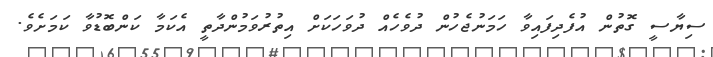
ސިޔާސީ ގޮތުން އުފެދިފައިވާ ހަމަނުޖެހުން ދުވެހެއް ދުވަހަކަށް އިތުރުވަމުންދާތީ އެކަމާ ކަންބޮޑުވާ ކަމަށެވެ.